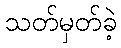
သတ်မှတ်ခဲ့